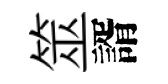
筮諝